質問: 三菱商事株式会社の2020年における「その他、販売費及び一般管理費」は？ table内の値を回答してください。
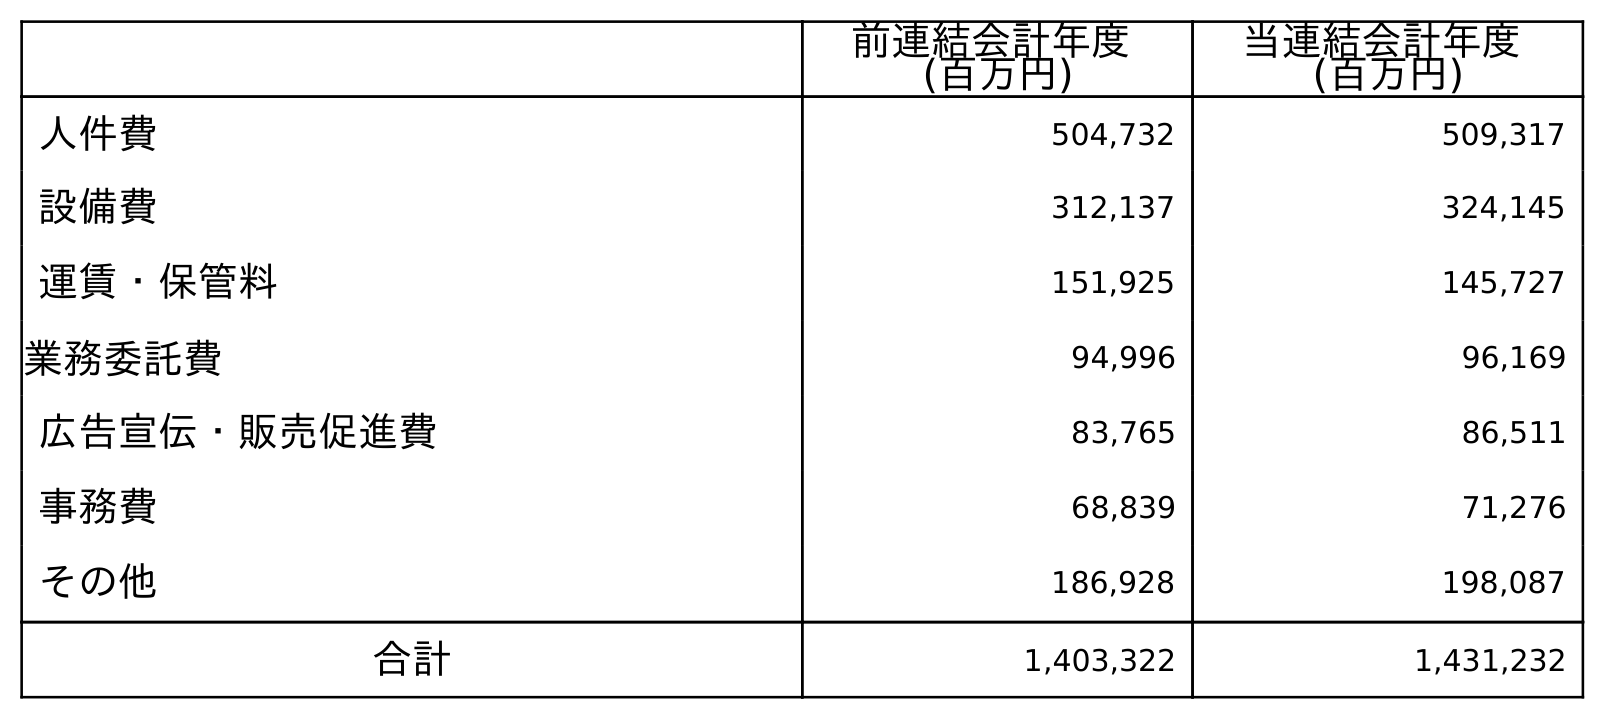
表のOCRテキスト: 前連結会計年度 (百万円) 当連結会計年度 (百万円) 人件費 504,732 509,317 設備費 312,137 324,145 運賃・保管料 151,925 145,727 業務委託費 94,996 96,169 広告宣伝・販売促進費 83,765 86,511 事務費 68,839 71,276 その他 186,928 198,087 合計 1,403,322 1,431,232
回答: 198,087